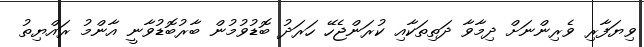
ވިޔަފާރި ވެރިންނަށް ދިމާވާ ދަތިތަކާއި ކުރަންޖެހޭ ހަރަދު ބޮޑުވުމުން ބާރުބޮޑުވާނީ އާންމު ރައްޔިތު